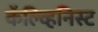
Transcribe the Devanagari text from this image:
कॅल्व्हिनिस्ट